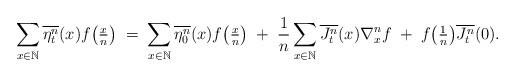
LaTeX: \begin{align*}\sum_{x \in \mathbb N} \overline{\eta_t^n}(x) f\big(\tfrac{x}{n}\big)\; = \; \sum_{x \in \mathbb N} \overline{\eta_0^n}(x) f\big(\tfrac{x}{n}\big)\;+\;\frac{1}{n}\sum_{x \in \mathbb N} \overline{J_t^n}(x) \nabla^n_x f\;+\;f\big(\tfrac{1}{n}\big)\overline{J_t^n}(0).\end{align*}